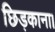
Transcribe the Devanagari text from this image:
छिड़काना।